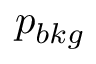
p _ { b k g }